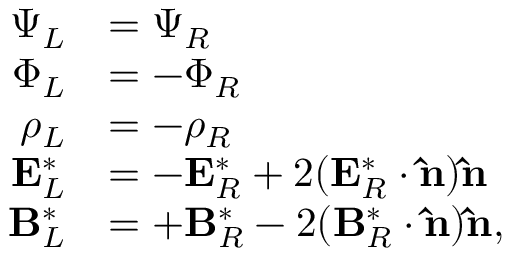
\begin{array} { r l } { \Psi _ { L } } & { = \Psi _ { R } } \\ { \Phi _ { L } } & { = - \Phi _ { R } } \\ { \rho _ { L } } & { = - \rho _ { R } } \\ { \mathbf { E } _ { L } ^ { * } } & { = - \mathbf { E } _ { R } ^ { * } + 2 ( \mathbf { E } _ { R } ^ { * } \cdot \mathbf { \hat { n } } ) \mathbf { \hat { n } } } \\ { \mathbf { B } _ { L } ^ { * } } & { = + \mathbf { B } _ { R } ^ { * } - 2 ( \mathbf { B } _ { R } ^ { * } \cdot \mathbf { \hat { n } } ) \mathbf { \hat { n } } , } \end{array}